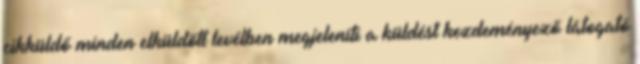
cikküldő minden elküldött levélben megjeleníti a küldést kezdeményező látogató